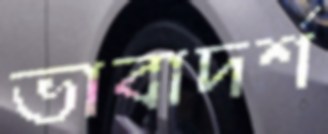
ভাবাদর্শ